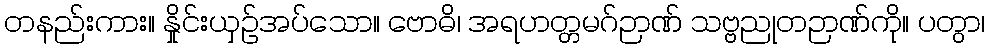
တနည်းကား။ နှိုင်းယှဉ်အပ်သော။ ဗောဓိ၊ အရဟတ္တမဂ်ဉာဏ် သဗ္ဗညုတဉာဏ်ကို။ ပတွာ၊